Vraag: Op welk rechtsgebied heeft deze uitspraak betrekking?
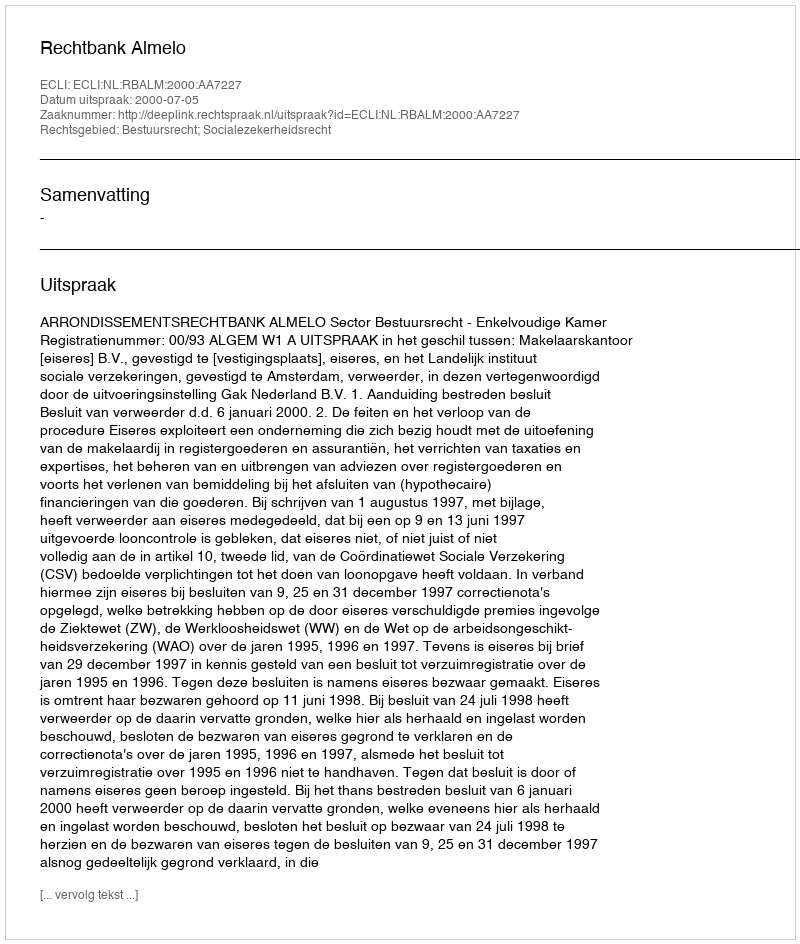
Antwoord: Bestuursrecht; Socialezekerheidsrecht